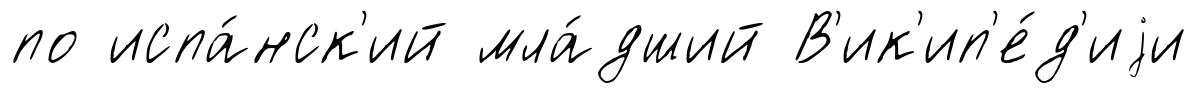
по испа́нск'ий мла́дший В'ик'ип'е́д'иjи